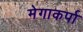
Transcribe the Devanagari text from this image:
मेगाकर्पा